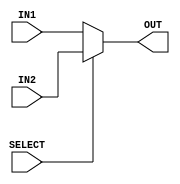
/*
Authers     : WIJERATHNA I.M.K.D.I.     e19446@eng.pdn.ac.lk
              DISSANAYAKE D.M.I.G.      e19090@eng.pdn.ac.lk
Lab         : Lab 5 part 4
              mux32.v
Last Updated: Wednesday, May 31, 2023 2:56:49 AM
*/

module mux32(IN1,IN2,OUT,SELECT);
    input [31:0] IN1, IN2;
	input SELECT;
	output reg [31:0] OUT;

    always @(*) begin 
        if (SELECT) begin 
            OUT = IN2; 
        end 

        else OUT = IN1;  
    end	
endmodule